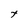
Character: t